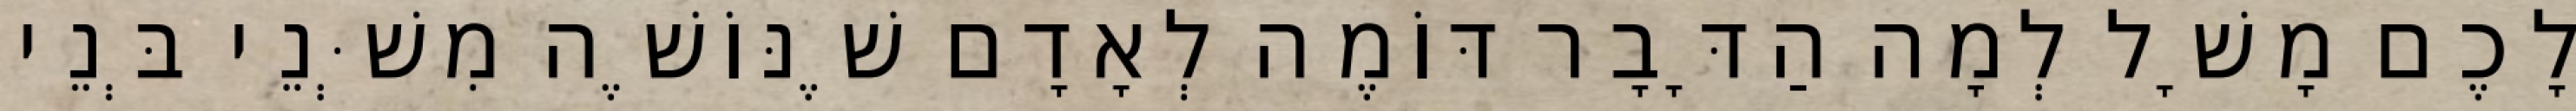
לָכֶם מָשָׁל לְמָה הַדָּבָר דּוֹמֶה לְאָדָם שֶׁנּוֹשֶׁה מִשְּׁנֵי בְּנֵי